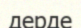
дерде